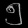
Digit: ၅